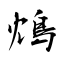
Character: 鴆